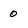
Character: 0